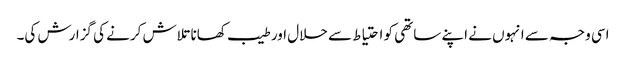
اسی وجہ سے انہوں نے اپنے ساتھی کو احتیاط سے حلال اور طیب کھانا تلاش کرنے کی گزارش کی۔